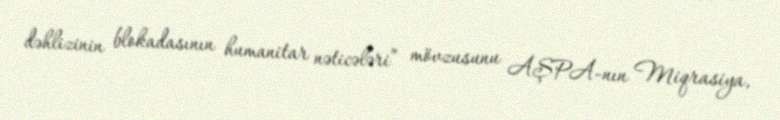
dəhlizinin blokadasının humanitar nəticələri” mövzusunu AŞPA-nın Miqrasiya,